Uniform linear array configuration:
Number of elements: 16
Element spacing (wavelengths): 0.25
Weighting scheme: binomial
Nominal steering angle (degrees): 60
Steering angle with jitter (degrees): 60.108
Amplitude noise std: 0.05
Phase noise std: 0.05

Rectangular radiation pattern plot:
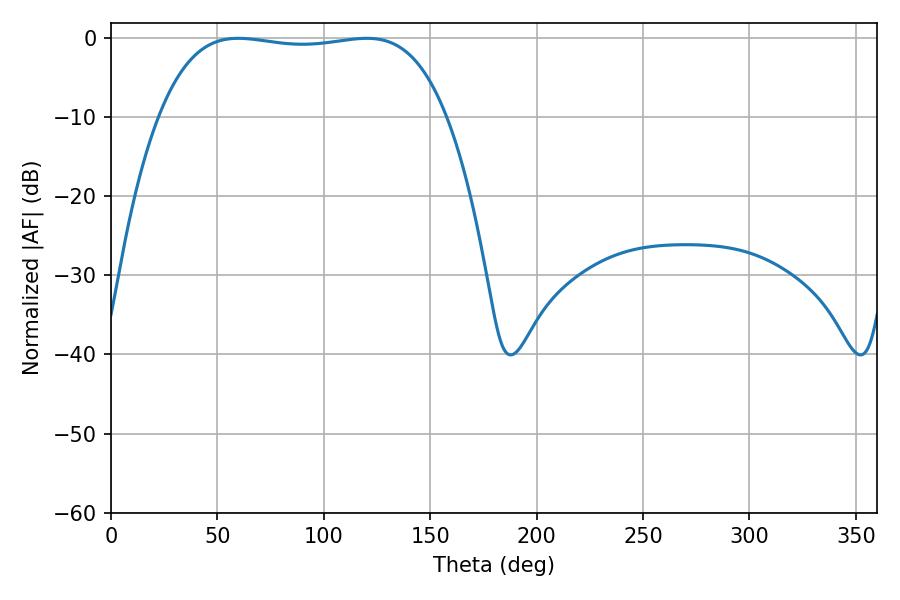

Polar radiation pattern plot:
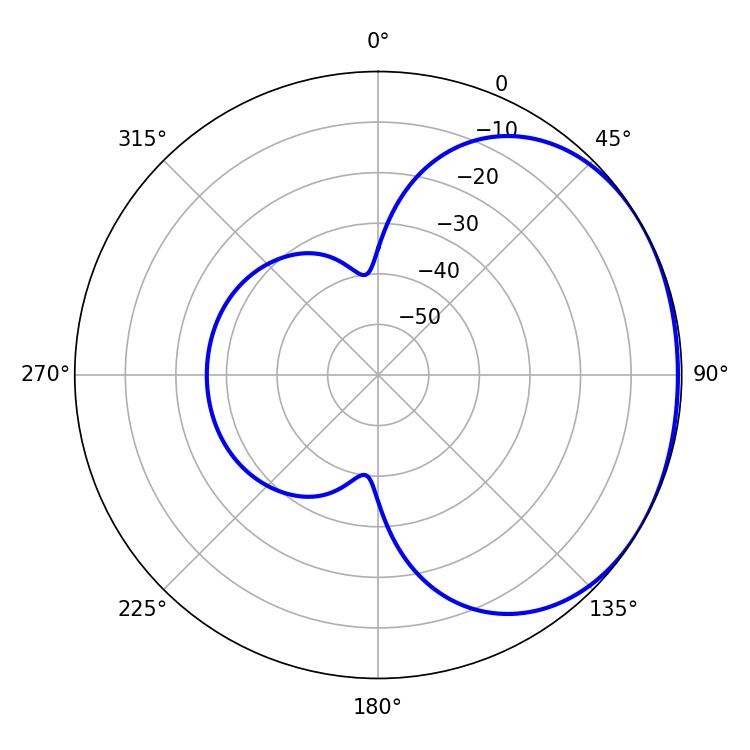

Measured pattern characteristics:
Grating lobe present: FALSE
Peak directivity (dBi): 1.25
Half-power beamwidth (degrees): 106.92
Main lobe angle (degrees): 59.76